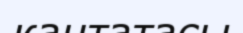
кантатасы